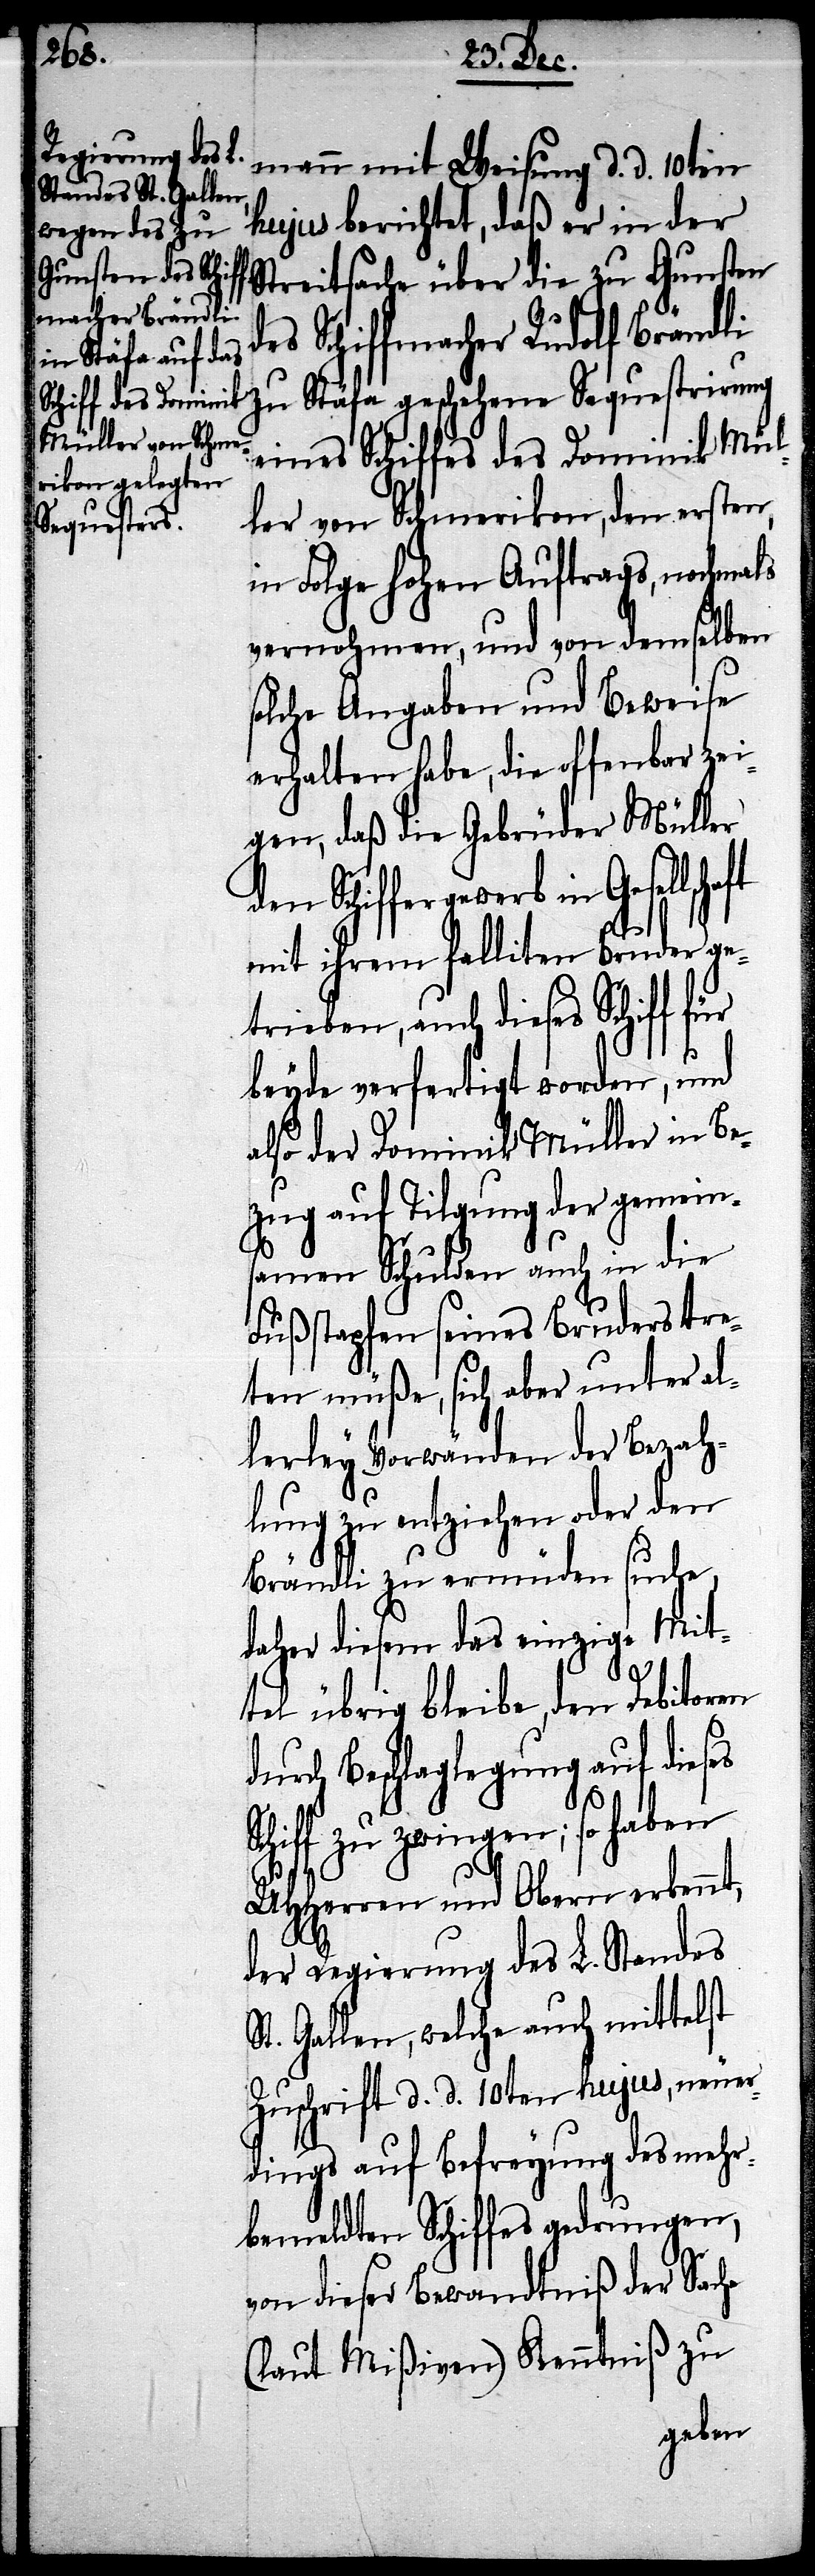
mann mit Weisung d. d. 10ten
hujus berichtet, daß er in der
Streitsache über die zu Gunsten
des Schiffmacher Rudolf Brändli
zu Stäfa geschehene Sequestrirung
eines Schiffes des Dominik Mül¬
ler von Schmerikon, den ersten,
in Folge Hohen Auftrags, nochmals
vernahmen, und von demselben
solche Angaben und Beweise
erhalten habe, die offenbar zei¬
gen, daß die Gebrüder Müller
den Schiffergewerb in
mit ihrem falliten Bruder ge¬
trieben, auch dieses Schiff für
beyde verfertigt worden, und
also der Dominik Müller in Be¬
zug auf Tilgung der gemein¬
samen Schulden auch in die
Fußstapfen seines Bruders tre¬
ten müße, sich aber unter al¬
lerley Vorwänden der Bezah¬
lung zu entziehen oder den
Brändli zu ermüden suche,
daher diesem das einzige Mit¬
tel übrig bleibe, den Debitoren
durch Beschlaglegung auf dieses
zu zwingen; so haben
UHHerren und Obern erkennt,
der Regierung des L. Standes
St. Gallen, welche auch mittelst
Zuschrift d. d. 10ten hujus, neuer¬
dings auf Befreyung des mehr¬
bemeldten Schiffes gedrungen,
von dieser Bewandniß der Sache
(laut Mißiven) Kenntniß zu